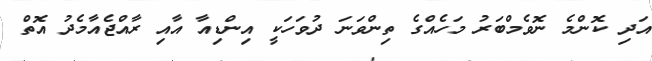
އަދި ކޮންމެ ނޮވެމްބަރު މަހެއްގެ ތިންވަނަ ދުވަހަކީ އިންޑިއާ އާއި ރާއްޖެއާމެދު އޮތް